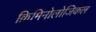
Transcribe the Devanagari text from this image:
क्रिमिनोलोजिकल